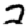
Digit: 2